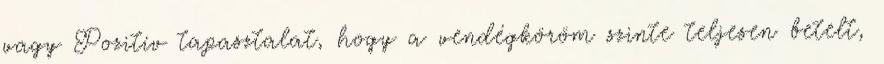
vagy Pozitív tapasztalat, hogy a vendégköröm szinte teljesen betelt,